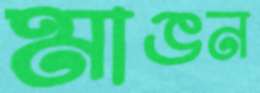
মাঙন